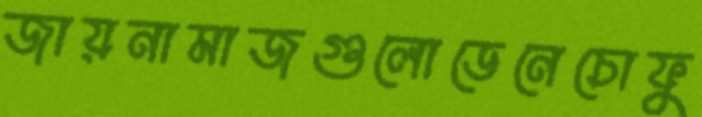
জায়নামাজগুলোডেনেচোফু